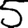
Digit: 5